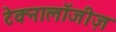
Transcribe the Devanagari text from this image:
टेक्नालॉजीज़